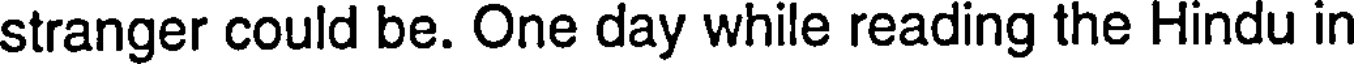
stranger could be. One day while reading the Hindu in